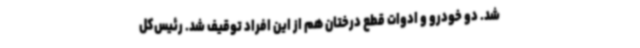
شد. دو خودرو و ادوات قطع درختان هم از این افراد توقیف شد. رئیس‌کل